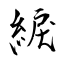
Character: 綟